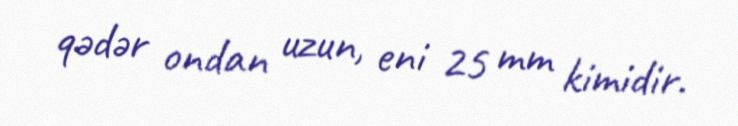
qədər ondan uzun, eni 25 mm kimidir.